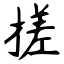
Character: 搓